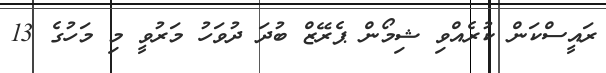
ރައީސްކަން ކުރެއްވި ޝިމޯން ޕެރޭޒް ބުދަ ދުވަހު މަރުވީ މި މަހުގެ 13